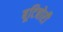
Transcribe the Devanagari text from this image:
बूटिबोरी